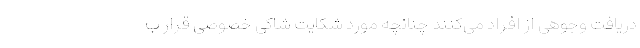
دریافت وجوهی از افراد می‌کنند چنانچه مورد شکایت شاکی خصوصی قرار ب